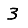
Digit: 3